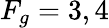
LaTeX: F_{g}=3,4